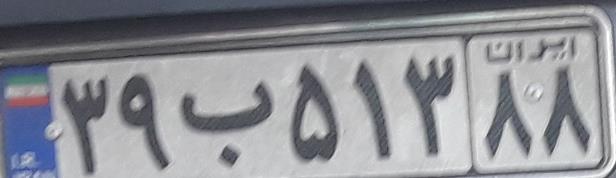
۳۹ب۵۱۳۸۸